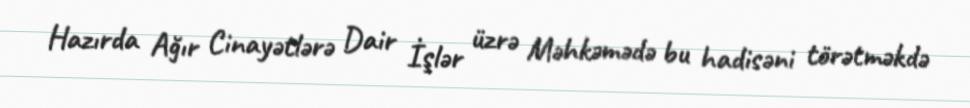
Hazırda Ağır Cinayətlərə Dair İşlər üzrə Məhkəmədə bu hadisəni törətməkdə